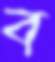
ব